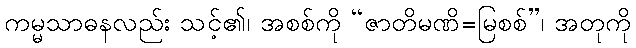
ကမ္မသာဓနလည်း သင့်၏၊ အစစ်ကို “ဇာတိမဏိ=မြစစ်”၊ အတုကို